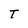
Character: T